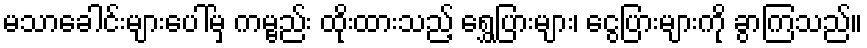
မသာခေါင်းများပေါ်မှ ကမ္ဗည်း ထိုးထားသည့် ရွှေပြားများ၊ ငွေပြားများကို ခွာကြသည်။